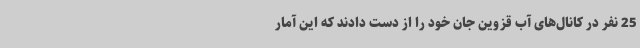
25 نفر در کانال‌های آب قزوین جان خود را از دست دادند که این آمار